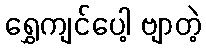
ရွှေကျင်ပေါ့ ဗျာတဲ့